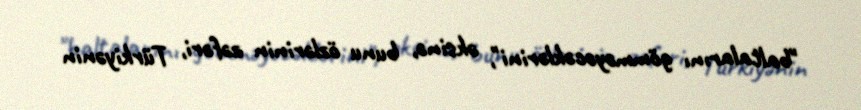
"baltalarını gömməyəcəklərini", əksinə, bunu özlərinin zəfəri, Türkiyənin